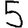
Digit: 5